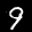
Label: 9